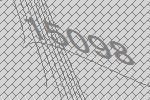
15098